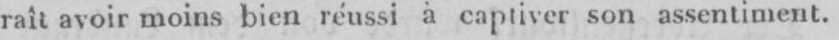
raît avoir moins bien réussi à captiver son assentiment.